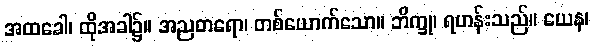
အထခေါ၊ ထိုအခါ၌။ အညတရော၊ တစ်ယောက်သော။ ဘိက္ခု၊ ရဟန်းသည်။ ယေန၊